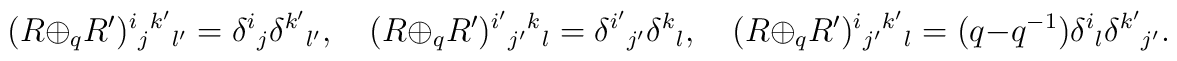
(R\oplus_q R')\sp i{}_j{}\sp {k'}{}_{l'}=\delta\sp i{}_j\delta\sp{k'}{}_{l'},\quad(R\oplus_q R')\sp {i'}{}_{j'}{}\sp {k}{}_{l}=\delta\sp{i'}{}_{j'}\delta\sp{k}{}_{l},\quad (R\oplus_qR')\sp i{}_{j'}{}\sp {k'}{}_{l}=(q-q\sp {-1})\delta\sp i{}_l\delta\sp{k'}{}_{j'}.